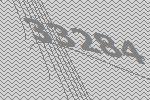
33284